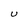
Character: U